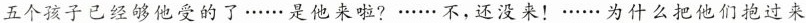
五个孩子已经够他受的了……是他来啦?……不，还没来！……为什么把他们抱过来